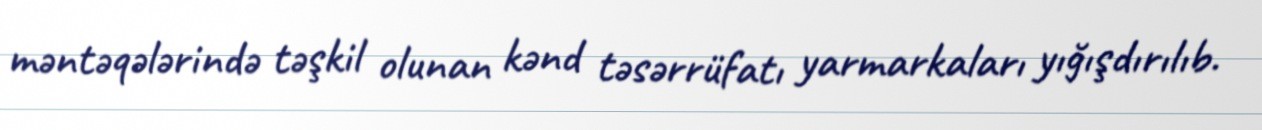
məntəqələrində təşkil olunan kənd təsərrüfatı yarmarkaları yığışdırılıb.